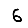
Digit: 6